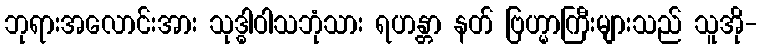
ဘုရားအလောင်းအား သုဒ္ဓါဝါသဘုံသား ရဟန္တာ နတ် ဗြဟ္မာကြီးများသည် သူအို-